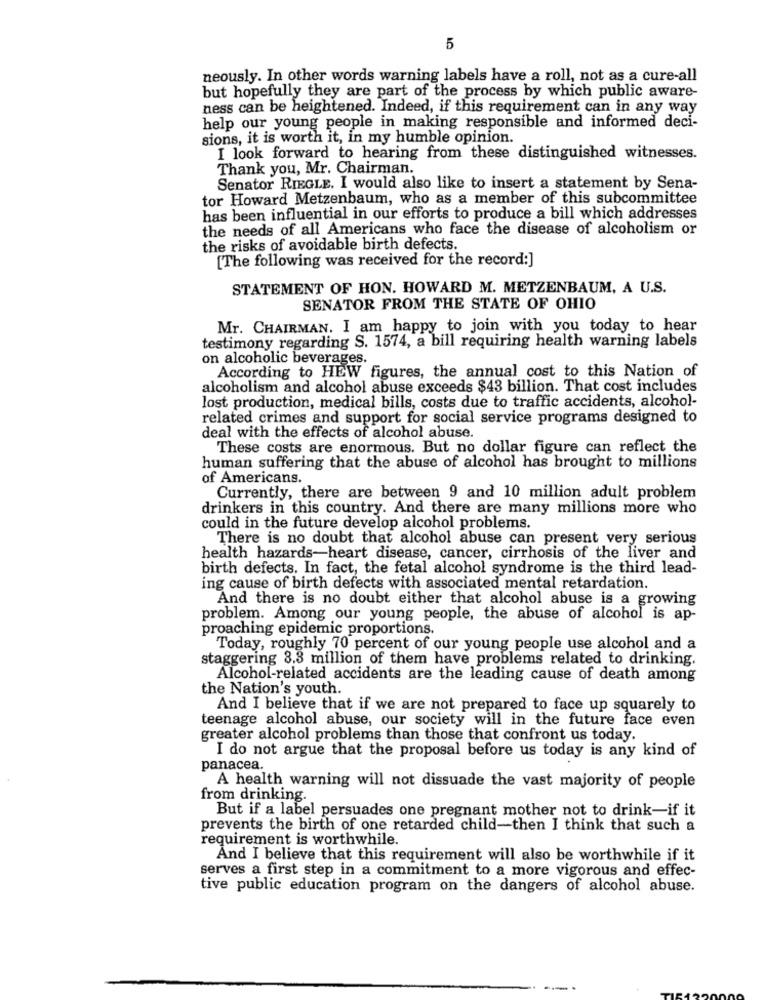
5
neously. In other words warning labels have a roll, not as a cure-all
but hopefully they are part of the process by which public aware-
ness can be heightened. Indeed, if this requirement can in any way
help our young people in making responsible and informed deci-
sions, it is worth it, in my humble opinion.
I look forward to hearing from these distinguished witnesses.
Thank you, Mr. Chairman.
Senator RIEGLE. I would also like to insert a statement by Sena-
tor Howard Metzenbaum, who as a member of this subcommittee
has been influential in our efforts to produce a bill which addresses
the needs of all Americans who face the disease of alcoholism or
the risks of avoidable birth defects.
[The following was received for the record:]
STATEMENT OF HON. HOWARD M. METZENBAUM, A U.S.
SENATOR FROM THE STATE OF OHIO
Mr. CHAIRMAN. I am happy to join with you today to hear
testimony regarding S. 1574, a bill requiring health warning labels
on alcoholic beverages.
According to HEW figures, the annual cost to this Nation of
alcoholism and alcohol abuse exceeds $43 billion. That cost includes
lost production, medical bills, costs due to traffic accidents, alcohol-
related crimes and support for social service programs designed to
deal with the effects of alcohol abuse.
These costs are enormous. But no dollar figure can reflect the
human suffering that the abuse of alcohol has brought to millions
of Americans.
Currently, there are between 9 and 10 million adult problem
drinkers in this country. And there are many millions more who
could in the future develop alcohol problems.
There is no doubt that alcohol abuse can present very serious
health hazards-heart disease, cancer, cirrhosis of the liver and
birth defects. In fact, the fetal alcohol syndrome is the third lead-
ing cause of birth defects with associated mental retardation.
And there is no doubt either that alcohol abuse is a growing
problem. Among our young people, the abuse of alcohol is ap-
proaching epidemic proportions
Today, roughly 70 percent of our young people use alcohol and a
staggering 3.3 million of them have problems related to drinking.
Alcohol-related accidents are the leading cause of death among
the Nation's youth.
And I believe that if we are not prepared to face up squarely to
teenage alcohol abuse, our society will in the future face even
greater alcohol problems than those that confront us today.
I do not argue that the proposal before us today is any kind of
panacea.
A health warning will not dissuade the vast majority of people
from drinking.
But if a label persuades one pregnant mother not to drink-if it
prevents the birth of one retarded child-then I think that such a
requirement is worthwhile.
And I believe that this requirement will also be worthwhile if it
serves a first step in a commitment to a more vigorous and effec-
tive public education program on the dangers of alcohol abuse.